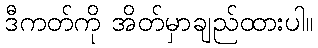
ဒီကတ်ကို အိတ်မှာချည်ထားပါ။